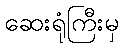
ဆေးရုံကြီးမှ